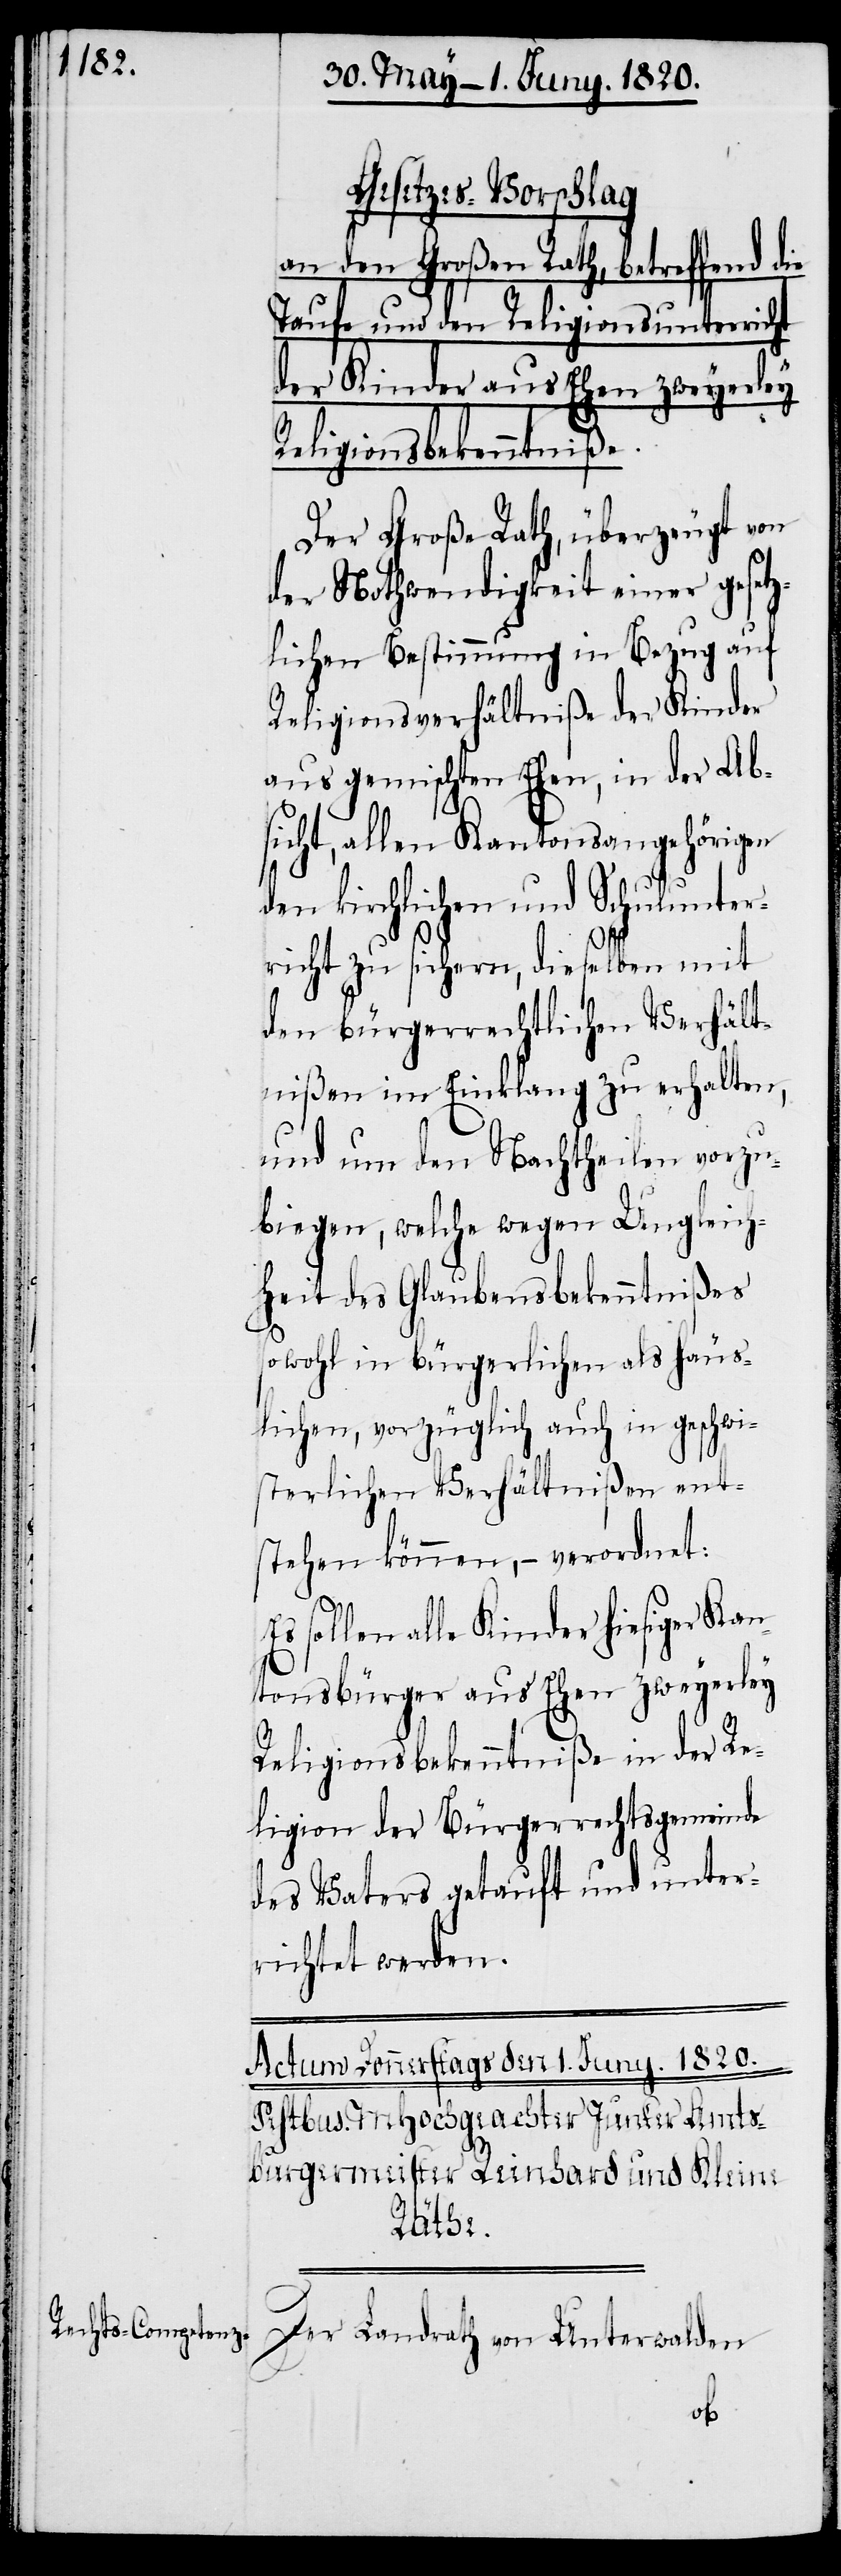
Gesetzes-Vorschlag
an den Großen Rath, betreffend die
Taufe und den Religionsunterricht
der Kinder aus Ehen zweyerley
Religionsbekenntniße.
Der Große Rath, überzeugt von
der Nothwendigkeit einer gesetz¬
lichen Bestimmung in Bezug auf
Religionsverhältniße der Kinder
aus gemischten Ehen, in der Ab¬
sicht, allen Kantonsangehörigen
den kirchlichen und Schulunter¬
richt zu sichern, dieselben mit
den bürgerrechtlichen Verhält¬
nißen im Einklang zu erhalten,
und um den Nachtheilen vorzu¬
biegen, welche wegen Ungleich¬
heit des Glaubensbekenntnißes
sowohl in bürgerlichen als häus¬
lichen, vorzüglich auch in geschwi¬
sterlichen Verhältnißen ent¬
stehen können, – verordnet:
sollen alle Kinder hiesiger Kan¬
tonsbürger aus Ehen zweyerley
Religionsbekenntniße in der Re¬
ligion der Bürgerrechtsgemeinde
des Vaters getauft und unter¬
richtet werden.
Der Landrath von Unterwalden